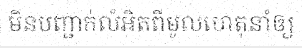
មិនបញ្ជាក់លំអិតពីមូលហេតុនាំឲ្យ